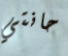
حانتي